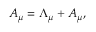
A _ { \mu } = \Lambda _ { \mu } + { \cal A } _ { \mu } ,